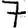
Digit: 7